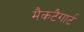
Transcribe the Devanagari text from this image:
मैकटैगार्ट